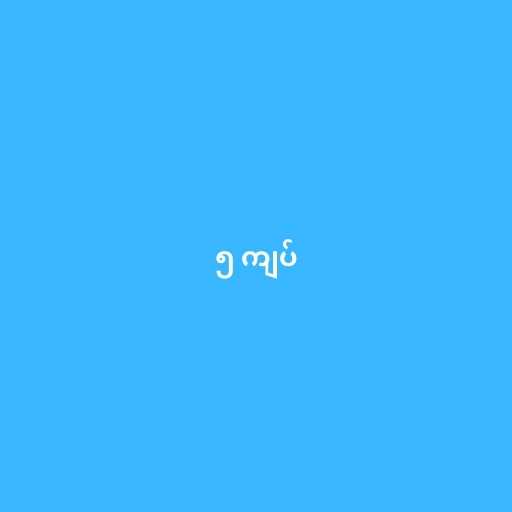
၅ ကျပ်